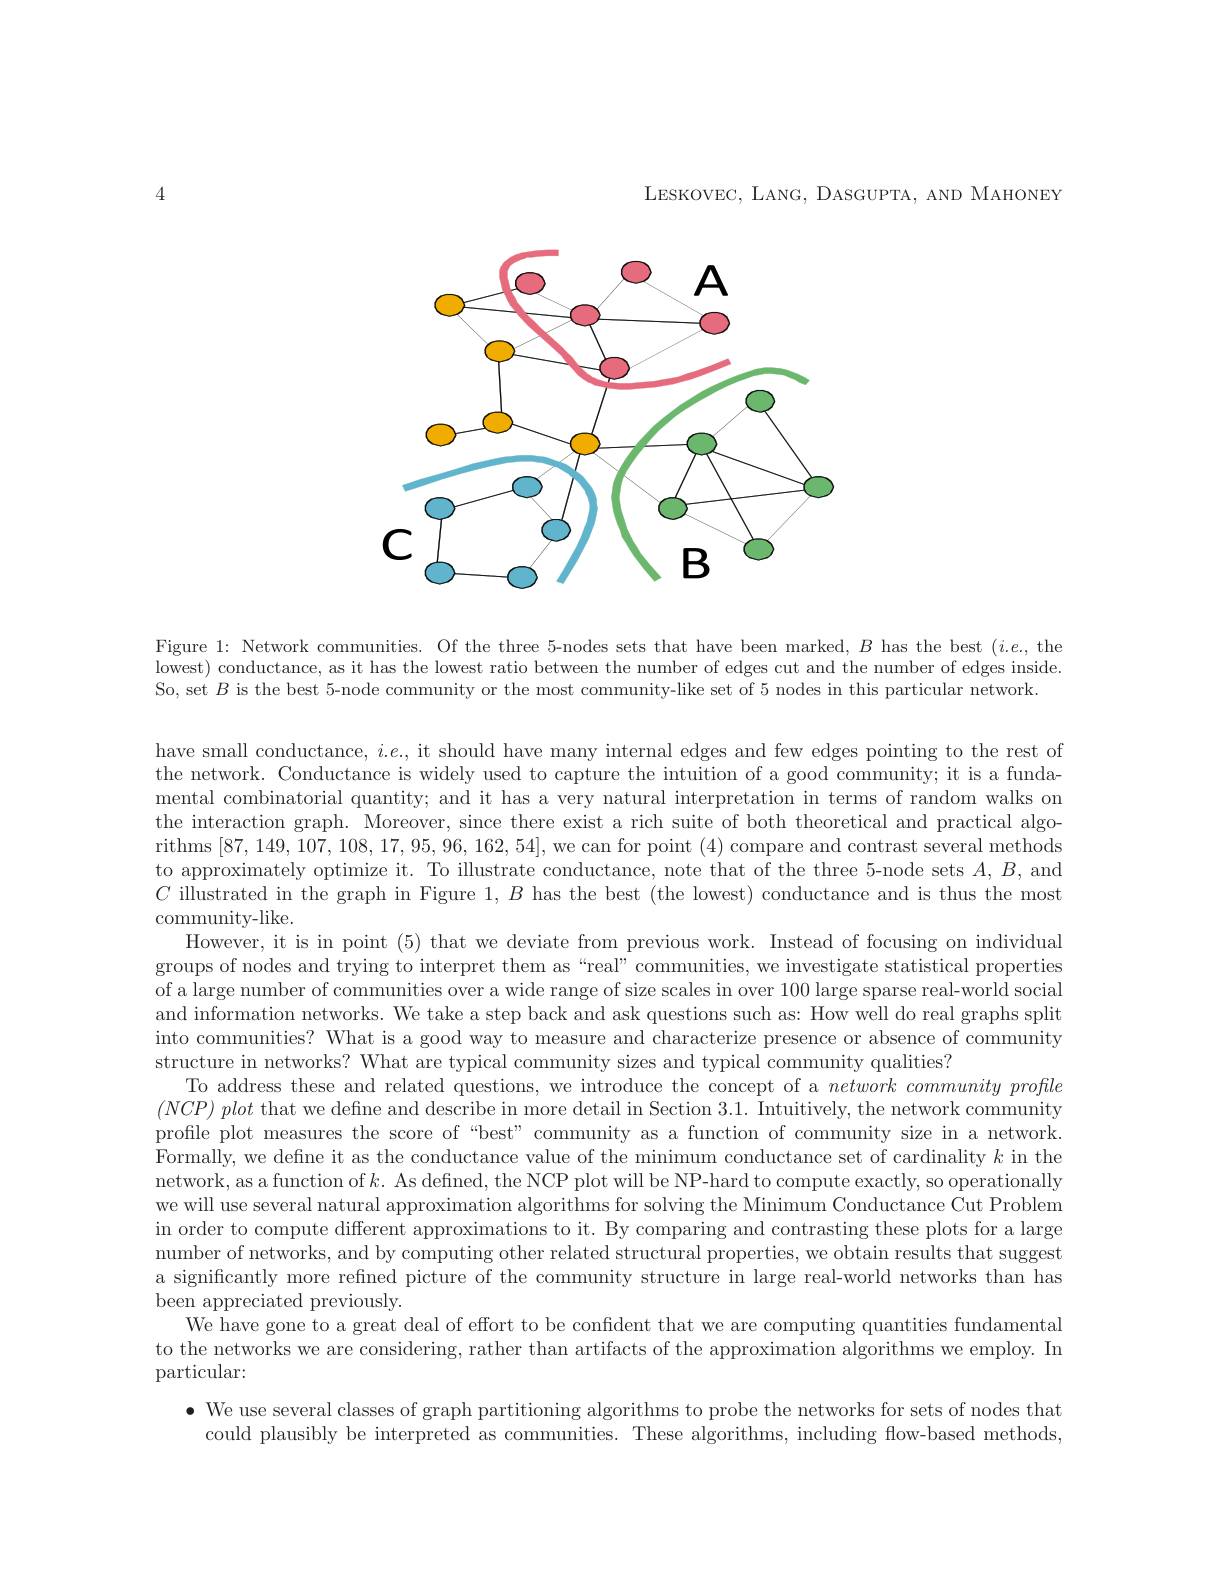
LESKOVEC, LANG, DASGUPTA, AND MAHONEY

4

<FigureHere>

Figure 1: Network communities. Of the three 5-nodes sets that have been marked, $B$ has the best $(i.e.$,the lowest) conductance, as it has the lowest ratio between the number of edges cut and the number of edges inside. So, set $B$ is the best 5-node community or the most community-like set of 5 nodes in this particular network

have small conductance, $i.e.$, it should have many internal edges and few edges pointing to the rest of the network. Conductance is widely used to capture the intuition of a good community; it is a fundamental combinatorial quantity; and it has a very natural interpretation in terms of random walks on the interaction graph. Moreover, since there exist a rich suite of both theoretical and practical algorithms [87,149,107,108,17,95,96,162,54], we can for point (4) compare and contrast several methods $\dot{\text{to approximately optimize it. To illustrate conductance, note that of the three 5-node sets }A,B,\mathrm{~and}}$ $C$ illustrated in the graph in Figure $1,B$ has the best (the lowest) conductance and is thus the most community-like.

However, it is in point (5) that we deviate from previous work. Instead of focusing on individual groups of nodes and trying to interpret them as “real”communities, we investigate statistical properties of a large number of communities over a wide range of size scales in over 100 large sparse real-world social and information networks. We take a step back and ask questions such as: How well do real graphs split into communities? What is a good way to measure and characterize presence or absence of community structure in networks? What are typical community sizes and typical community qualities?
To address these and related questions, we introduce the concept of a network community profile $(NCP)plot$ that we defne and describe in more detail in Section 3.1. Intuitively, the network community profile plot measures the score of “best”community as a function of community size in a network. Formally, we defne it as the conductance value of the minimum conductance set of cardinality $k$ in the network, as a function of $k.$ As defined, the NCP plot will be NP-hard to compute exactly, so operationally we will use several natural approximation algorithms for solving the Minimum Conductance Cut Problem in order to compute different approximations to it. By comparing and contrasting these plots for a large number of networks, and by computing other related structural properties, we obtain results that suggest a significantly more refined picture of the community structure in large real-world networks than has been appreciated previously.
We have gone to a great deal of effort to be confident that we are computing quantities fundamental to the networks we are considering, rather than artifacts of the approximation algorithms we employ. In particular:
$\bullet$ We use several classes of graph partitioning algorithms to probe the networks for sets of nodes that
could plausibly be interpreted as communities. These algorithms, including flow-based methods,